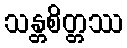
သန္တစိတ္တဿ